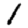
Digit: 1